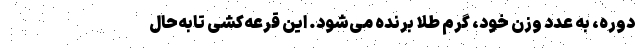
دوره، به عدد وزن خود، گرمِ طلا برنده می‌شود. این قرعه‌کشی تابه‌حال